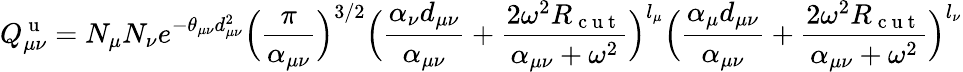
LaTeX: Q_{\mu\nu}^{\mathrm{~u~}}=N_{\mu}N_{\nu}e^{-\theta_{\mu\nu}d_{\mu\nu}^{2}}\Big(\frac{\pi}{\alpha_{\mu\nu}}\Big)^{3/2}\Big(\frac{\alpha_{\nu}d_{\mu\nu}}{\alpha_{\mu\nu}}+\frac{2\omega^{2}R_{\mathrm{~c~u~t~}}}{\alpha_{\mu\nu}+\omega^{2}}\Big)^{l_{\mu}}\Big(\frac{\alpha_{\mu}d_{\mu\nu}}{\alpha_{\mu\nu}}+\frac{2\omega^{2}R_{\mathrm{~c~u~t~}}}{\alpha_{\mu\nu}+\omega^{2}}\Big)^{l_{\nu}}